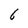
Character: 6